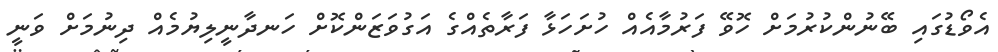
އެވޯޑުގައި ބޭނުންކުރުމަށް ހޮވޭ ފަރުމާއެއް ހުށަހަޅާ ފަރާތެއްގެ އަގުވަޒަންކޮށް ހަނދާނީލިޔުމެއް ދިނުމަށް ވަނީ